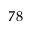
7 8